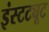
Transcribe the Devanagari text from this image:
इंस्‍टट्यूट